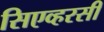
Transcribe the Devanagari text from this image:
सिएव्हरसी